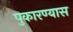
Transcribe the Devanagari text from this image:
पुकारण्यास